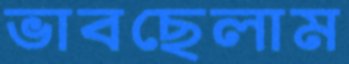
ভাবছেলাম